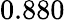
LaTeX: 0.880